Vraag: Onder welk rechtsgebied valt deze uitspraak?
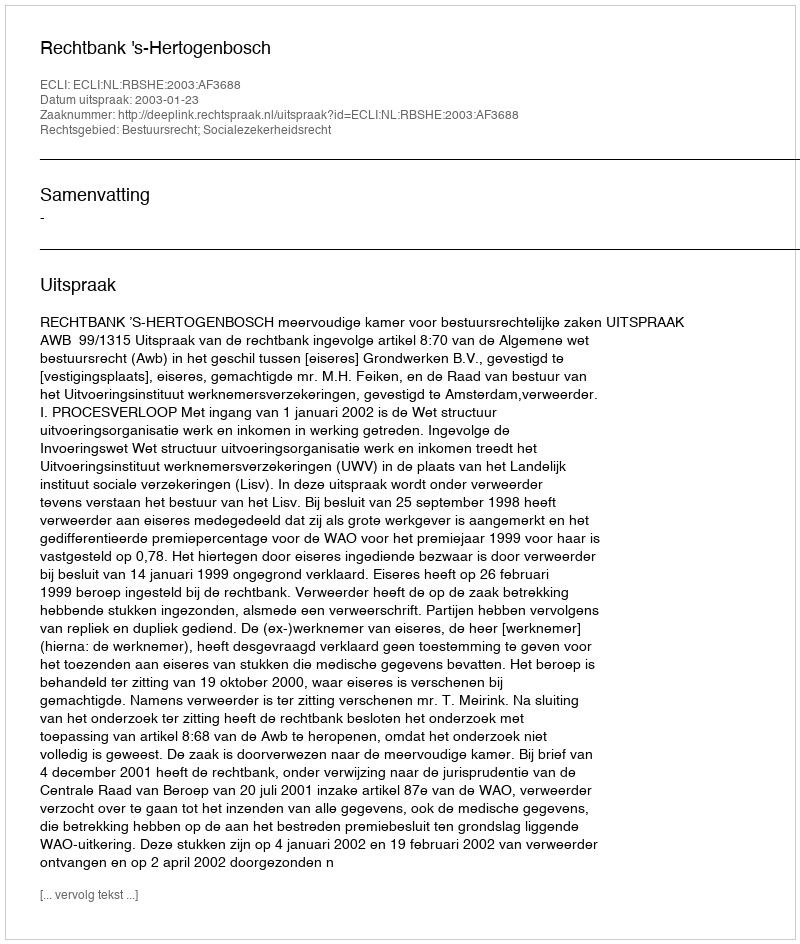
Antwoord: Bestuursrecht; Socialezekerheidsrecht